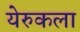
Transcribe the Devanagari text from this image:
येरुकला